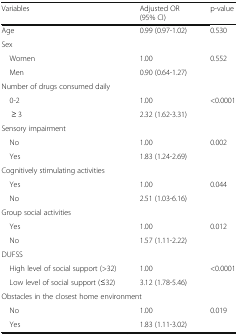
| Variables | Adjusted OR(95% CI) | p-value |
 | --- | --- | --- |
 | Age | 0.99 (0.97-1.02) | 0.530 |
 | <COLSPAN=3> Sex |
 | Women | 1.00 | <ROWSPAN=2> 0.552 |
 | Men | 0.90 (0.64-1.27) |
 | <COLSPAN=3> Number of drugs consumed daily |
 | 0-2 | 1.00 | <ROWSPAN=2> <0.0001 |
 | ≥ 3 | 2.32 (1.62-3.31) |
 | <COLSPAN=3> Sensory impairment |
 | No | 1.00 | <ROWSPAN=2> 0.002 |
 | Yes | 1.83 (1.24-2.69) |
 | <COLSPAN=3> Cognitively stimulating activities |
 | Yes | 1.00 | <ROWSPAN=2> 0.044 |
 | No | 2.51 (1.03-6.16) |
 | <COLSPAN=3> Group social activities |
 | Yes | 1.00 | <ROWSPAN=2> 0.012 |
 | No | 1.57 (1.11-2.22) |
 | <COLSPAN=3> DUFSS |
 | High level of social support (>32) | 1.00 | <ROWSPAN=2> <0.0001 |
 | Low level of social support (≤32) | 3.12 (1.78-5.46) |
 | <COLSPAN=3> Obstacles in the closest home environment |
 | No | 1.00 | <ROWSPAN=2> 0.019 |
 | Yes | 1.83 (1.11-3.02) |